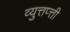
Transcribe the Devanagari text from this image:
व्युत्तप्त्ती